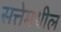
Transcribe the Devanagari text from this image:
सत्तेमधील